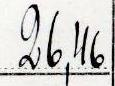
26,46